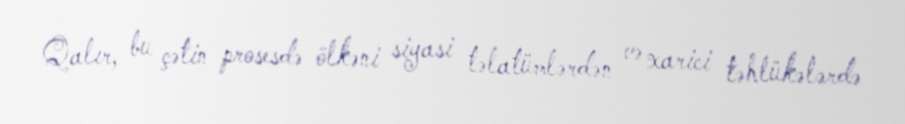
Qalır, bu çətin prosesdə ölkəni siyasi təlatümlərdən və xarici təhlükələrdə